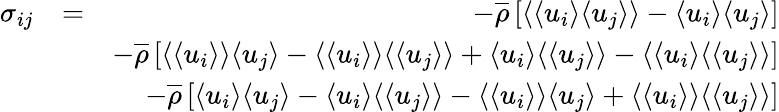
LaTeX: \begin{array}{rlr}{\sigma_{ij}}&{=}&{-\overline{{\rho}}\left[\langle{\langle u_{i}\rangle\langle u_{j}\rangle}\rangle-\langle u_{i}\rangle\langle u_{j}\rangle\right]}\\ &{}&{-\overline{{\rho}}\left[\langle\langle u_{i}\rangle\rangle\langle u_{j}\rangle-\langle\langle u_{i}\rangle\rangle\langle\langle u_{j}\rangle\rangle+\langle u_{i}\rangle\langle\langle u_{j}\rangle\rangle-\langle\langle u_{i}\rangle\langle\langle u_{j}\rangle\rangle\right]}\\ &{}&{-\overline{{\rho}}\left[\langle u_{i}\rangle\langle u_{j}\rangle-\langle u_{i}\rangle\langle\langle u_{j}\rangle\rangle-\langle\langle u_{i}\rangle\rangle\langle u_{j}\rangle+\langle\langle u_{i}\rangle\rangle\langle\langle u_{j}\rangle\rangle\right]}\end{array}